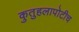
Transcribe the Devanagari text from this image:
कुतुहलापोटीच